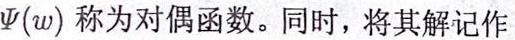
$\Psi(w)$ 称为对偶函数。同时，将其解记作